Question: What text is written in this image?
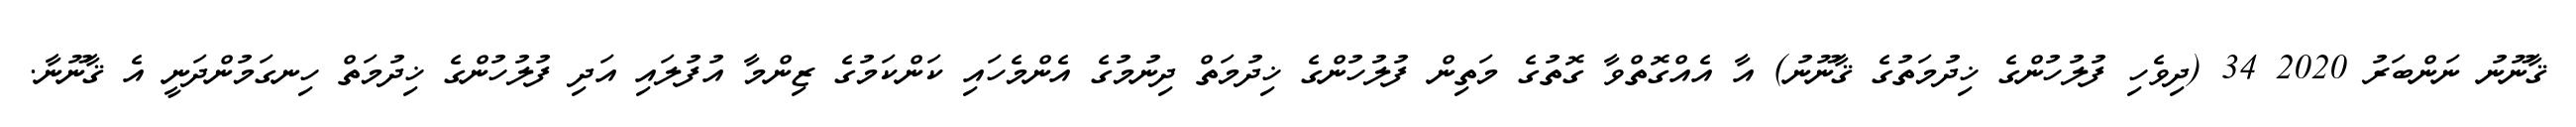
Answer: ޤާނޫނު ނަންބަރު 2020 34 (ދިވެހި ފުލުހުންގެ ޚިދުމަތުގެ ޤާނޫނު) އާ އެއްގޮތްވާ ގޮތުގެ މަތިން ފުލުހުންގެ ޚިދުމަތް ދިނުމުގެ އެންމެހައި ކަންކަމުގެ ޒިންމާ އުފުލައި އަދި ފުލުހުންގެ ޚިދުމަތް ހިނގަމުންދަނީ އެ ޤާނޫނާ.